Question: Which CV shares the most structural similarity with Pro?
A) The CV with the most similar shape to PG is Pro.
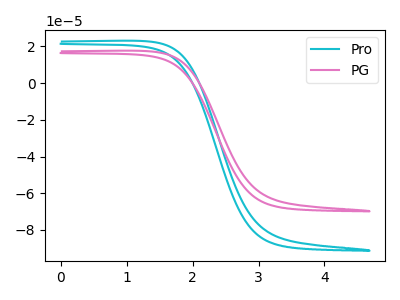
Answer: <think>The cyan curve "Pro" has no peaks. The pink curve "PG" has no peaks.
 Neither "Pro" or "PG" have any peaks.</think>
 <answer>A) The CV with the most similar shape to "PG" is "Pro".</answer>
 <eval>A</eval>